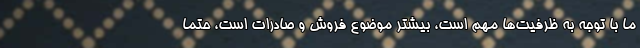
ما با توجه به ظرفیت‌ها مهم است، بیشتر موضوع فروش و صادرات است، حتماً